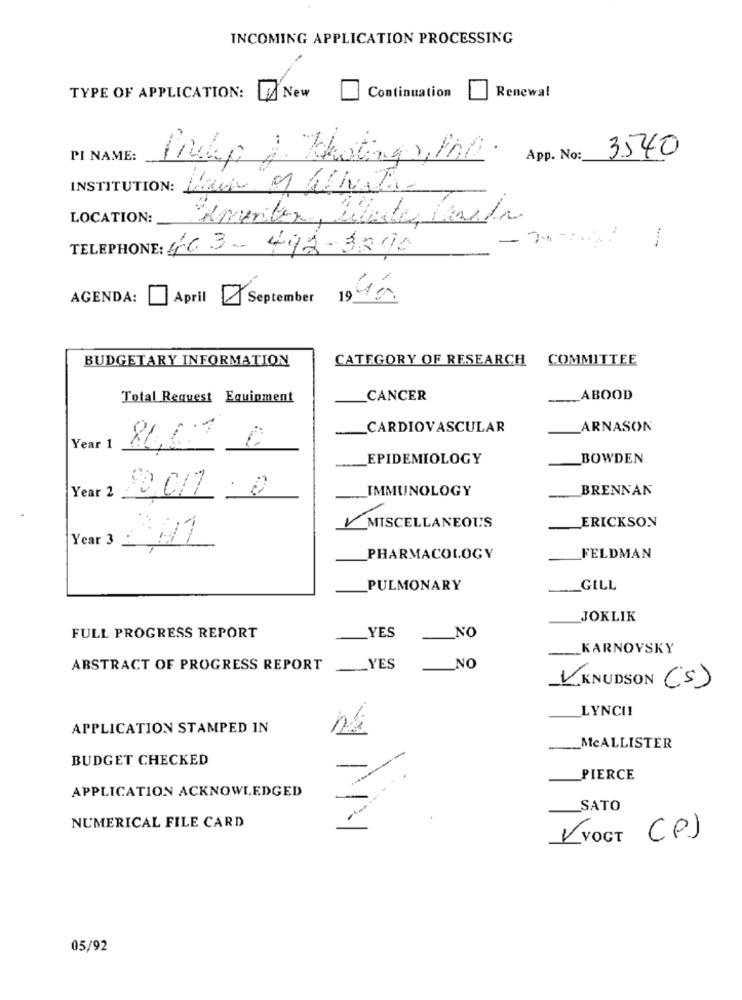
INCOMING APPLICATION PROCESSING
Renewal
TYPE OF APPLICATION:
A New
Continuation
PI NAME:
Praha J. Whatings, Inc.
App. No:
3540
INSTITUTION: Hai a UNTa
LOCATION:
Semeritor, Libde Panela
TELEPHONE: 403-442-3890
AGENDA:
April September 19 10
BUDGETARY INFORMATION
CATEGORY OF RESEARCH
COMMITTEE
Total Request Equipment
CANCER
ABOOD
CARDIOVASCULAR
ARNASON
Year 1
80,00 0
EPIDEMIOLOGY
_BOWDEN
IMMUNOLOGY
BRENNAN
Year 2
10.017
.0
MISCELLANEOUS
ERICKSON
Year 3
PHARMACOLOGY
FELDMAN
PULMONARY
GILL
JOKLIK
FULL PROGRESS REPORT
YES
NO
KARNOVSKY
ABSTRACT OF PROGRESS REPORT
YES
NO
KNUDSON (S)
LYNCI
APPLICATION STAMPED IN
-MCALLISTER
BUDGET CHECKED
PIERCE
APPLICATION ACKNOWLEDGED
SATO
NUMERICAL FILE CARD
12
VOGT (P)
05/92